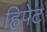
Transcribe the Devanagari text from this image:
ह्विपेट